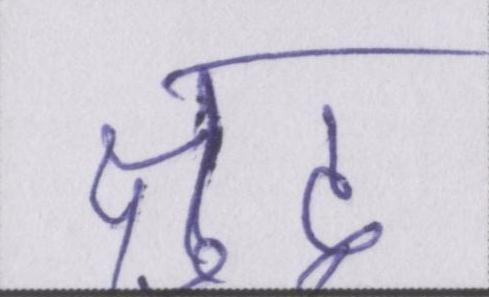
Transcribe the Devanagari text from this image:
क्षुद्र